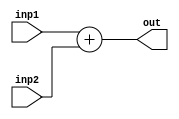
module Adder
#(parameter WIDTH = 32) 
(
input [WIDTH-1:0] inp1, inp2,
output [WIDTH-1:0] out
);

assign out = inp1 + inp2;

endmodule